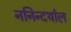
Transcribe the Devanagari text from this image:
ननिन्दर्थाल